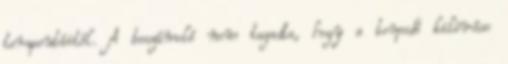
terapeutáitól. A beszámoló nem tagadta, hogy a torpedó kilövése